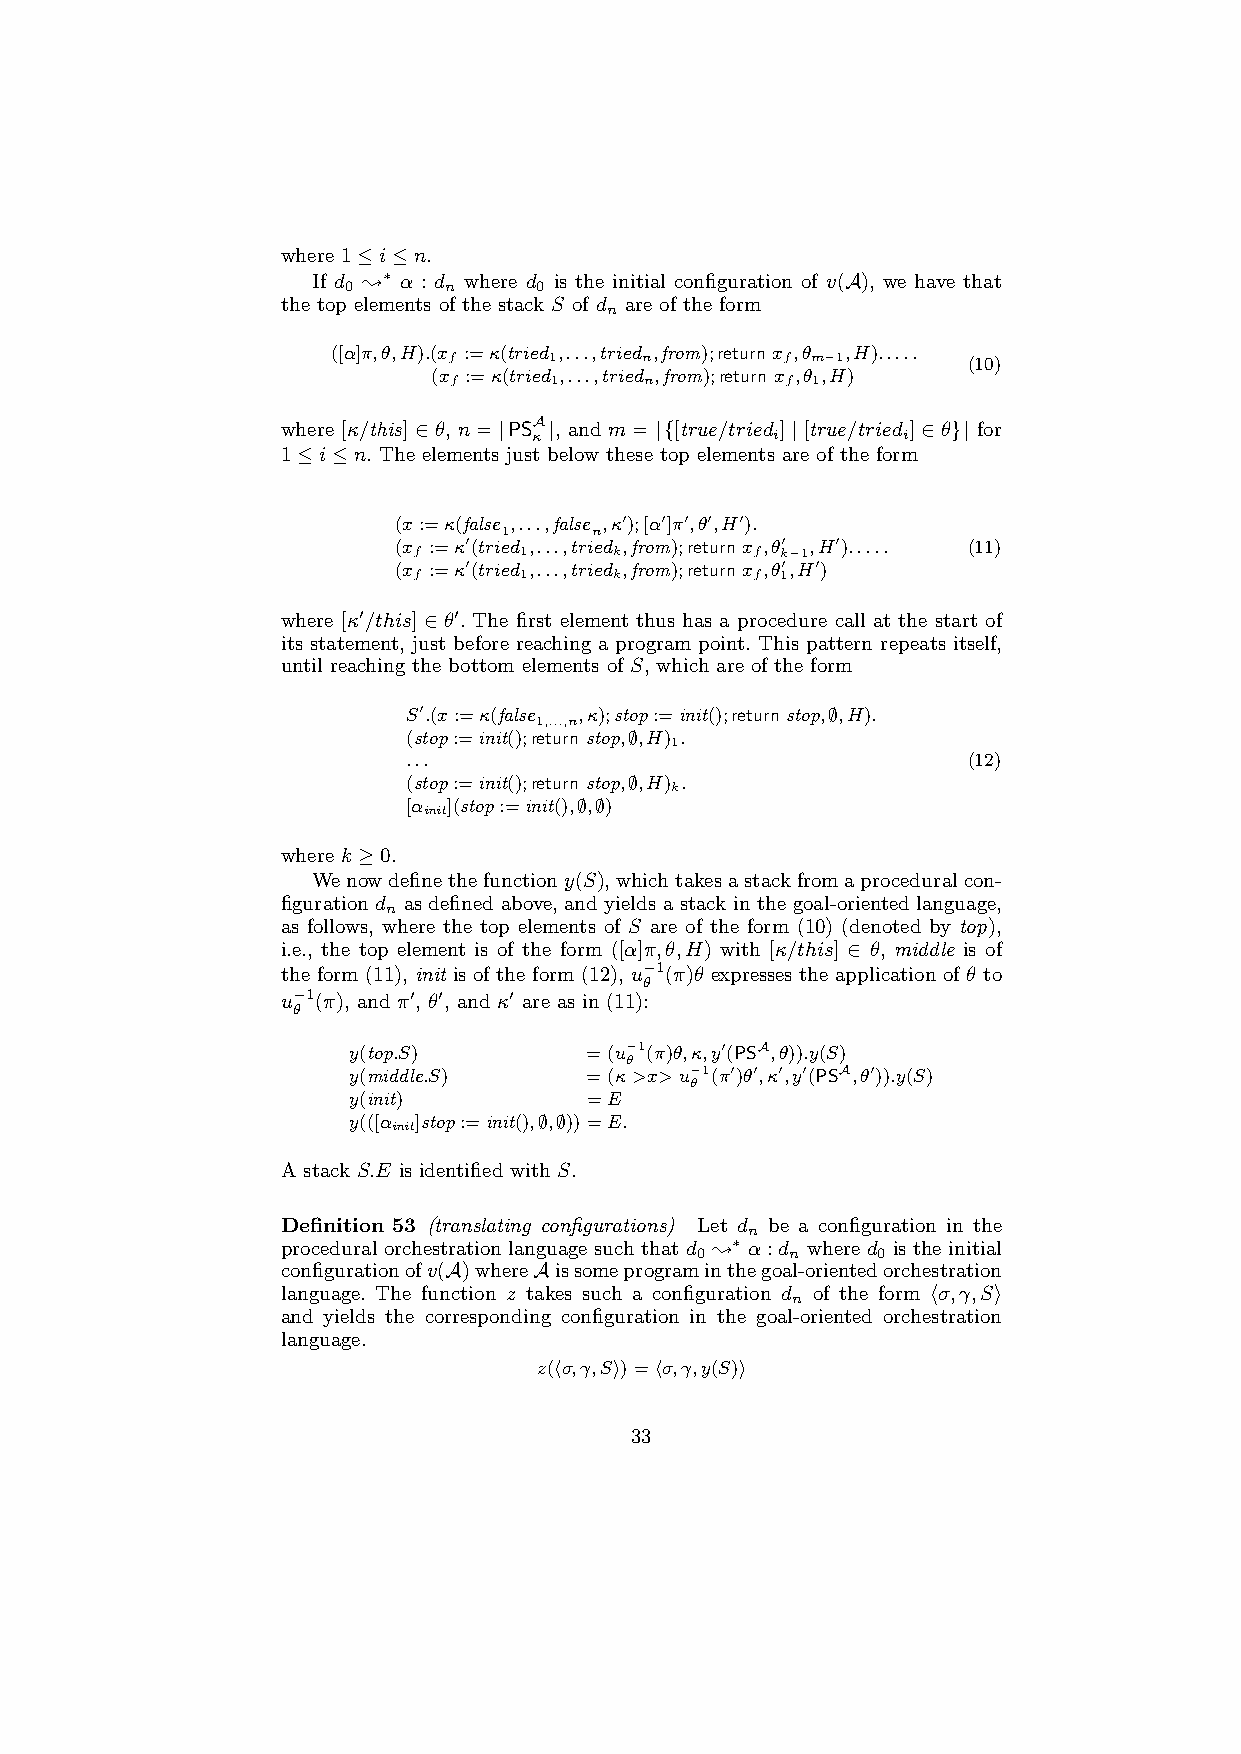
where 1≤i≤n.
 If d ;∗ α : d where d is the initial configuration of v(A), we have that
 0     n     0
 the top elements of the stack S of d are of the form
 n
 ([α]π,θ,H).(x :=κ(tried ,...,tried ,from);return x ,θ ,H).....
 f     1     n         f m−1       (10)
 (x :=κ(tried ,...,tried ,from);return x ,θ ,H)
 f     1      n        f 1
 where [κ/this]∈θ, n= |PSA|, and m= |{[true/tried ]|[true/tried ]∈θ}| for
 κ               i        i
 1≤i≤n. The elements just below these top elements are of the form
 (x:=κ(false ,...,false ,κ0);[α0]π0,θ0,H0).
 1     n
 (x :=κ0(tried ,...,tried ,from);return x ,θ0 ,H0)..... (11)
 f      1      k        f k−1
 (x :=κ0(tried ,...,tried ,from);return x ,θ0,H0)
 f      1      k        f 1
 where [κ0/this] ∈ θ0. The first element thus has a procedure call at the start of
 its statement, just before reaching a program point. This pattern repeats itself,
 until reaching the bottom elements of S, which are of the form
 S0.(x:=κ(false ,κ);stop:=init();return stop,∅,H).
 1,...,n
 (stop:=init();return stop,∅,H) .
 1
 ...                                  (12)
 (stop:=init();return stop,∅,H) .
 k
 [α ](stop:=init(),∅,∅)
 init
 where k ≥0.
 Wenowdefinethefunctiony(S),whichtakesastackfromaproceduralcon-
 figuration d as defined above, and yields a stack in the goal-oriented language,
 n
 as follows, where the top elements of S are of the form (10) (denoted by top),
 i.e., the top element is of the form ([α]π,θ,H) with [κ/this] ∈ θ, middle is of
 the form (11), init is of the form (12), u−1(π)θ expresses the application of θ to
 θ
 u−1(π), and π0, θ0, and κ0 are as in (11):
 θ
 y(top.S)        =(u−1(π)θ,κ,y0(PSA,θ)).y(S)
 θ
 y(middle.S)     =(κ >x> u−1(π0)θ0,κ0,y0(PSA,θ0)).y(S)
 θ
 y(init)         =E
 y(([α ]stop:=init(),∅,∅))=E.
 init
 A stack S.E is identified with S.
 Definition 53 (translating configurations) Let d be a configuration in the
 n
 procedural orchestration language such that d ;∗ α:d where d is the initial
 0     n     0
 configurationofv(A)whereAissomeprograminthegoal-orientedorchestration
 language. The function z takes such a configuration d of the form hσ,γ,Si
 n
 and yields the corresponding configuration in the goal-oriented orchestration
 language.
 z(hσ,γ,Si)=hσ,γ,y(S)i
 33